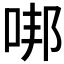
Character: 𠳐